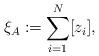
LaTeX: \begin{align*} \xi_A \coloneqq \sum_{i=1}^N [z_i] ,\end{align*}